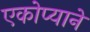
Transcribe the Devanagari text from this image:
एकोप्याने